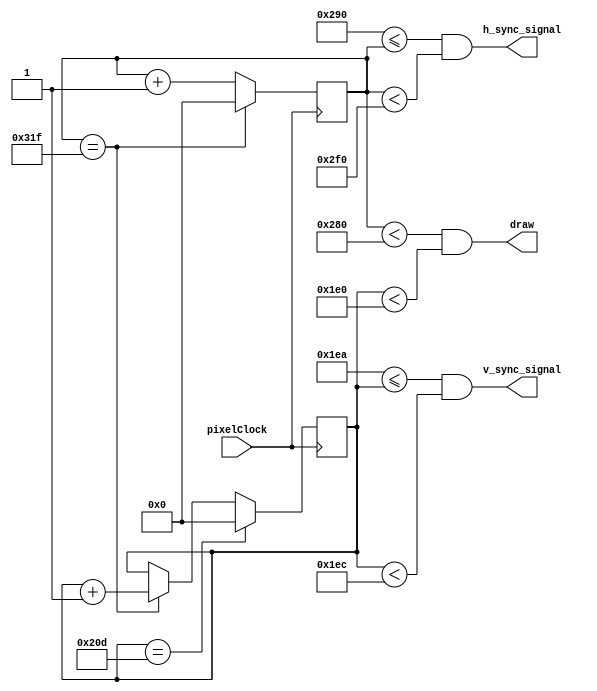
module mmsync(pixelClock,h_sync_signal,v_sync_signal,draw);
input wire pixelClock;
output wire h_sync_signal,v_sync_signal,draw;

//**********Caracterisitcas de la pantalla*********************
parameter h_whith = 640; //ancho en pixeles de la pantalla
parameter h_front_porch=16;//tiempo en pixleclocks de el pulso de h sync
parameter h_back_porch=48;
parameter h_sync_pulse=96;

parameter one_row=800;

parameter v_whith = 480;
parameter v_front_porch=10;
parameter v_back_porch=33;
parameter v_sync_pulse=2;
//******fin Caracterisitcas de la pantalla*********************

 reg[15:0] h_count=0;//contador de columnas y tambien utilizado para contar pulsos de clocks
 reg[15:0] v_count=0;//contador de filas
 
 assign h_sync_signal =((h_whith+h_front_porch)<=h_count)&&(h_count<(h_whith+h_front_porch+h_sync_pulse));
 assign v_sync_signal =((v_whith+v_front_porch)<=v_count)&&(v_count<(v_whith+v_front_porch+v_sync_pulse));
 assign draw=(h_count<(h_whith))&&(v_count<v_whith);
always @ (posedge pixelClock) begin
    
    if(h_count==(h_whith+h_front_porch+h_sync_pulse+ h_back_porch)-1) begin
        h_count<=0;
        v_count<=v_count+1;
    end else begin
        h_count<=h_count+1;
    end

    if(v_count==(v_whith+v_front_porch+v_sync_pulse+v_back_porch))begin
        v_count<=0;
    end
end


endmodule